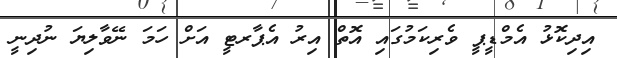
އިދިކޮޅު އެމްޑީޕީ ވެރިކަމުގައި އޮތް އިރު އެޕާރޓީ އަށް ހަމަ ނޭވާލިޔަ ނުދިނީ